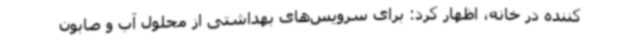
کننده در خانه، اظهار کرد: برای سرویس‌های بهداشتی از محلول آب و صابون